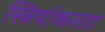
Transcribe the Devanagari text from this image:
स्त्रियांकरता